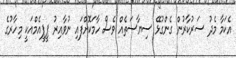
އެކަމާ މެދު ސަރުކާރުން ގެންގުޅޭ ސިޔާސަތެއް ވެސް ހާމަކޮށްފައި ނުވާއިރު ޕީޕީއެމްއަކީ މިހާރުގެ